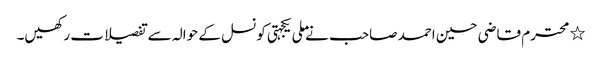
٭	محترم قاضی حسین احمد صاحب نے ملی یکجہتی کونسل کے حوالہ سے تفصیلات رکھیں۔